Code of medical and sanitary regulations for the guidance of medical officers serving in the Madras Presidency - Volume II
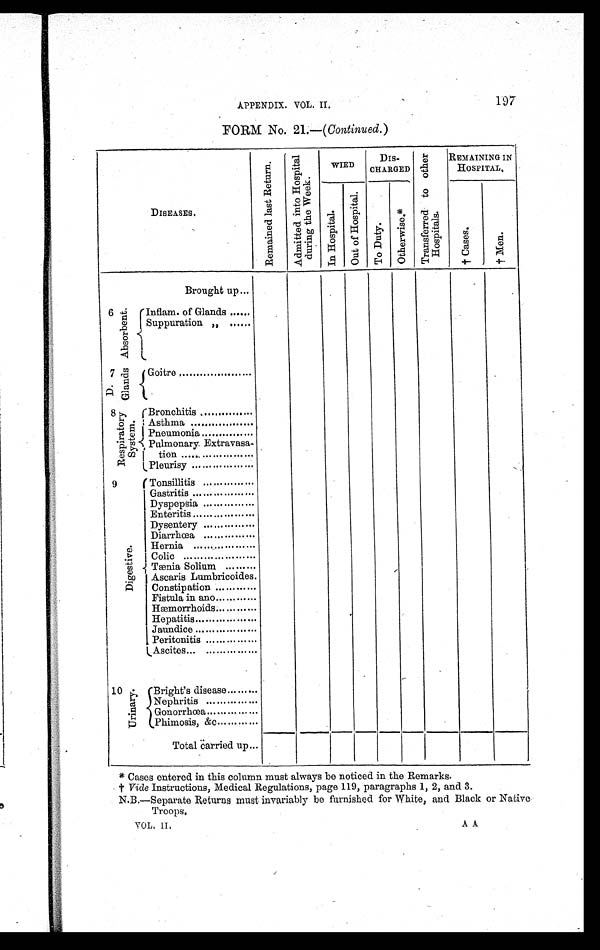
APPENDIX. VOL. II. 197
FORM NO. 21.—( Continued.)
DISEASES.
R e m a i n e d l a s t R e t u r n .
A d m i t t e d i n t o H o s p i t a l d u r i n g t h e W e e k .
WIED
DIS-
CHARGED
T r a n s f e r r e d t o o t h e r H o s p i t a l s .
REMAINING IN
HOSPITAL.
I n H o s p i t a l .
O u t o f H o s p i t a l .
T o D u t y .
O t h e r w i s e . *
† C a s e s .
† M e n .
Brought up...
6
A b s o r b e n t . Inflam. of Glands ......
Suppuration „ ......
7 Gl ands Goitre .....................
D .
8 R e s p i r a t o r y S y s t e m .
Bronchitis ...............
Asthma ..................
Pneumonia
. . . . . . . . . . . . . . .
Pulmenary. Extravasa-
tion .....................
Pleurisy..................
9
D i g e s t i v e .
Tonsillitis ...............
Gastritis ..................
Dyspepsia ...............
Enteritis ..................
Dysentery ...............
Diarrhœa ...............
Hernia ..................
Colic .....................
Tænia Solium .........
Ascaris Lumbricoides.
Constipation ............
Fistula in ano ............
Hæmorrhoids ............
Hepatitis ..................
Jaundice ..................
Peritonitis ...............
Ascites... ...............
10
U r i n a r y .
Bright's disease .........
Nephritis ...............
Gonorrhœa ...............
Phimosis, &c ............
T o t a l c a r r i e d u p . . .
* Cases entered in this column must always be noticed in the Remarks.
† Vide Instructions, Medical Regulations, page 119, paragraphs 1, 2, and 3.
N.B.—Separate Returns must invariably be furnished for White, and Black or Native
Troops.
VOL. II. A A